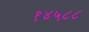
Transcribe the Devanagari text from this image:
१४५८८